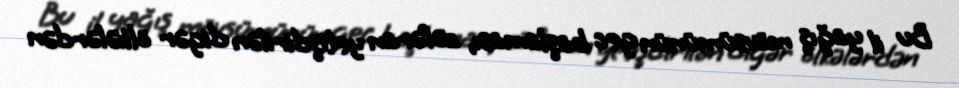
Bu il yağış mövsümünün gec başlaması, zəfəran yetişdirilən digər ölkələrdən